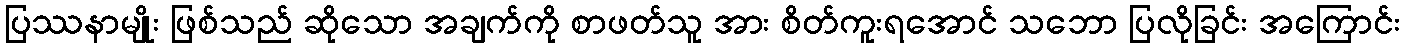
ပြဿနာမျိုး ဖြစ်သည် ဆိုသော အချက်ကို စာဖတ်သူ အား စိတ်ကူးရအောင် သဘော ပြလိုခြင်း အကြောင်း